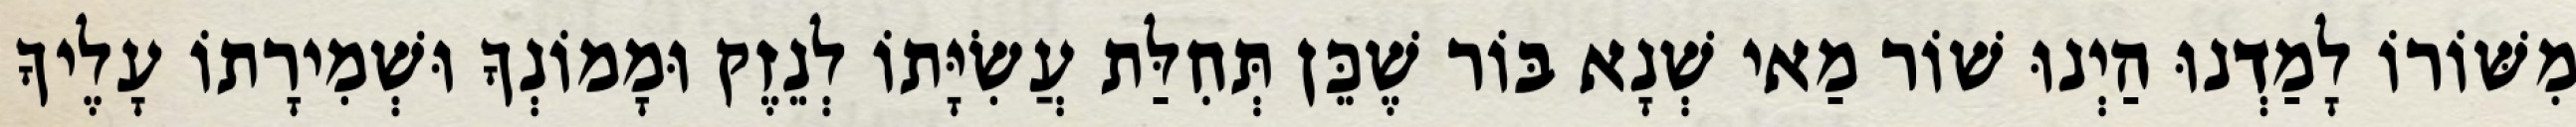
מִשּׁוֹרוֹ לָמַדְנוּ הַיְנוּ שׁוֹר מַאי שְׁנָא בּוֹר שֶׁכֵּן תְּחִלַּת עֲשִׂיָּתוֹ לְנֵזֶק וּמָמוֹנְךָ וּשְׁמִירָתוֹ עָלֶיךָ